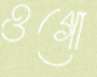
ওগো